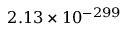
2 . 1 3 \times 1 0 ^ { - 2 9 9 }